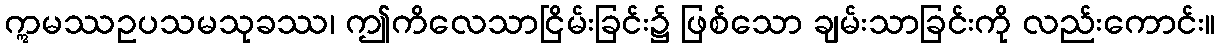
ဣမဿဥပသမသုခဿ၊ ဤကိလေသာငြိမ်းခြင်း၌ ဖြစ်သော ချမ်းသာခြင်းကို လည်းကောင်း။